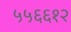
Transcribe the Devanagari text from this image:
५५६६१२